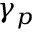
\gamma _ { p }